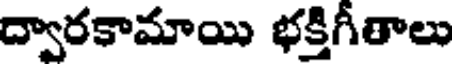
ద్వారకామాయి భక్తిగీతాలు